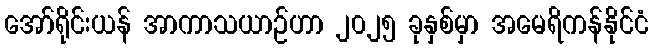
အော်ရိုင်းယန် အာကာသယာဉ်ဟာ ၂၀၂၅ ခုနှစ်မှာ အမေရိကန်နိုင်ငံ